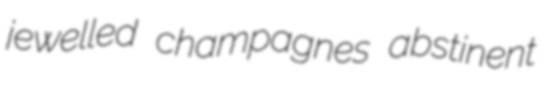
jewelled champagnes abstinent